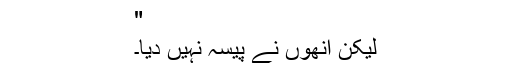
"
لیکن اُنھوں نے پیسہ نہیں دیا۔